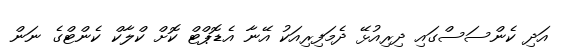
އަދި ކެންސަސްގައި ދިރިއުޅޭ ދެމަފިރިއަކު އޭނާ އެޑޮޕްޓް ކޮށް ކްލާކް ކެންޓްގެ ނަން